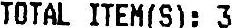
TOTAL ITEM(S): 3